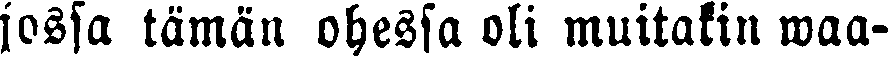
jossa tämän ohessa oli muitakin waa-